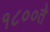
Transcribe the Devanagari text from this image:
१८००ते